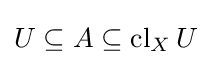
U\subseteq A\subseteq \operatorname {cl} _{X}U